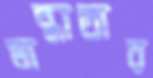
মান্ধাতার